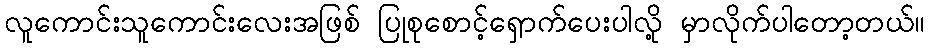
လူကောင်းသူကောင်းလေးအဖြစ် ပြုစုစောင့်ရှောက်ပေးပါလို့ မှာလိုက်ပါတော့တယ်။